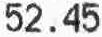
52.45